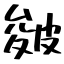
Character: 皴